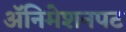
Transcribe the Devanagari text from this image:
अॅनिमेशनपट